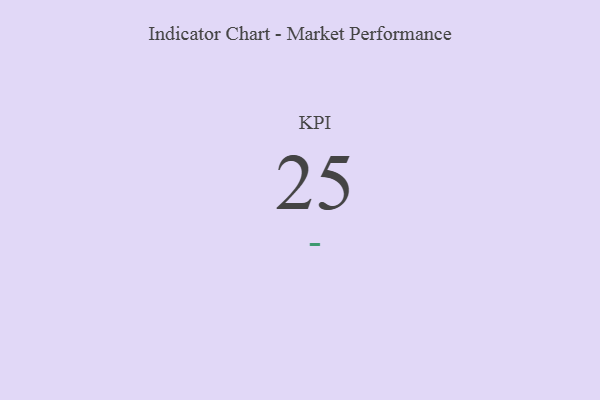
{"axis": {"x": "KPI", "y": "Value"}, "legend": [""], "data": [{"x": "KPI", "y": 25, "type": ""}]}